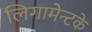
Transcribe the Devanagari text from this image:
लिगामेन्टके